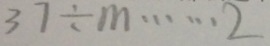
3 7 \div m \cdots 2